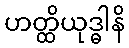
ဟတ္ထိယုဒ္ဓါနိ